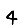
Digit: 4